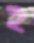
হ